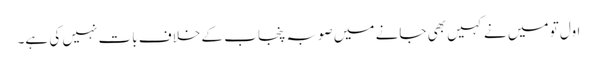
اول تو میں نے کہیں بھی جانے میں صوبہ پنجاب کے خلاف بات نہیں کی ہے۔